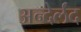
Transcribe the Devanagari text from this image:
अन्देर्लंद